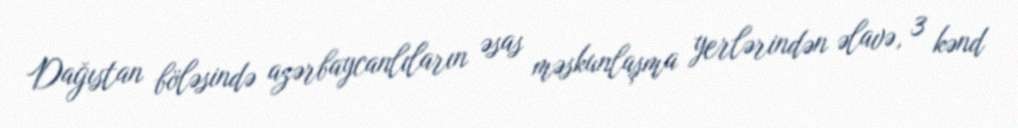
Dağıstan böləsində azərbaycanlıların əsas məskunlaşma yerlərindən əlavə, 3 kənd